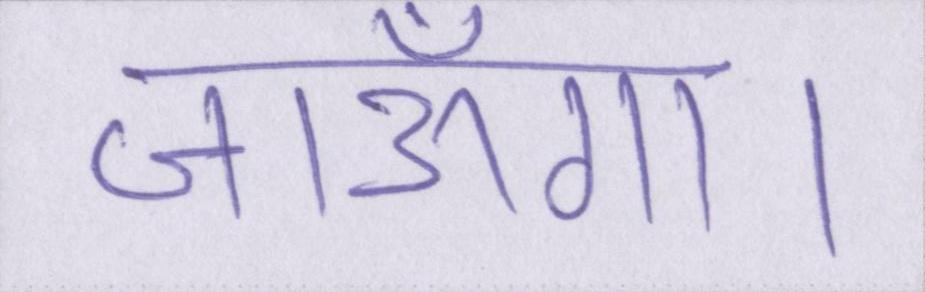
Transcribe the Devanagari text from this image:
जाऊँगा।